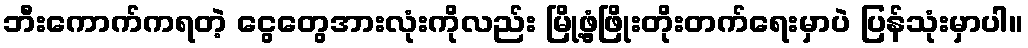
ဘီးကောက်ကရတဲ့ ငွေတွေအားလုံးကိုလည်း မြို့ဖွံ့ဖြိုးတိုးတက်ရေးမှာပဲ ပြန်သုံးမှာပါ။